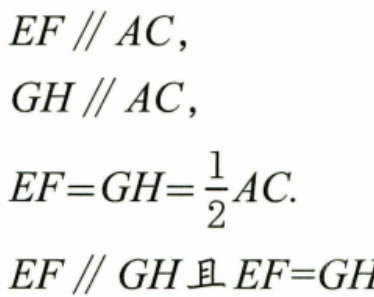
$\begin{align*}
EF&\parallel AC,\\
GH&\parallel AC,\\
EF&=GH = \frac{1}{2}AC.\\
EF&\parallel GH且EF = GH
\end{align*}$